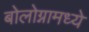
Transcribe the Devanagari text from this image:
बोलोग्नामध्ये